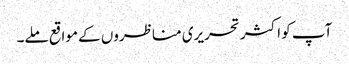
آپ کو اکثر تحریری مناظروں کے مواقع ملے۔